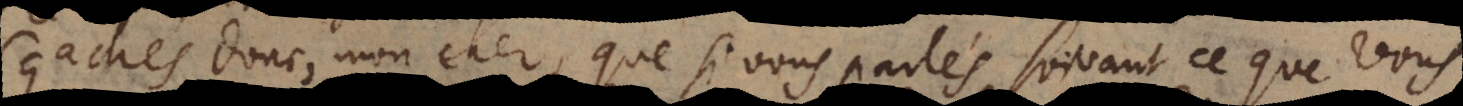
Sçachés donc, mon cher, que si vous parlés suivant ce que vous